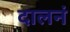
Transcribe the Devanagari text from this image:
दालनं